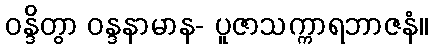
ဝန္ဒိတွာ ဝန္ဒနာမာန- ပူဇာသက္ကာရဘာဇနံ။